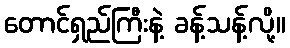
တောင်ရှည်ကြီးနဲ့ ခန့်သန့်လို့။